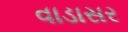
વાડાસર